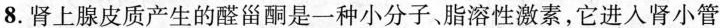
8.肾上腺皮质产生的醛甾酮是一种小分子、脂溶性激素，它进入肾小管